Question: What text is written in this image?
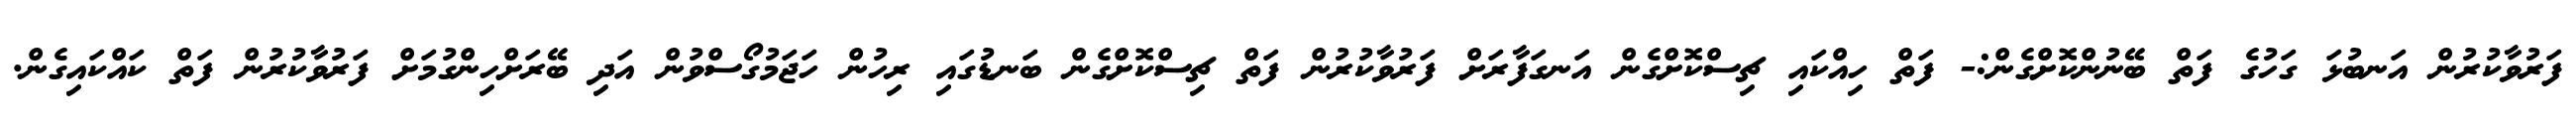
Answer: ފަރުވާކުރުން އަނބުޅަ ގަހުގެ ފަތް ބޭނުންކޮށްގެން:- ފަތް ހިއްކައި ޗިސްކޮށްގެން އަނގަފާރަށް ފަރުވާކުރުން ފަތް ޗިސްކޮށްގެން ބަނޑުގައި ރިހުން ހަޖަމުގޯސްވުން އަދި ބޭރަށްހިންގުމަށް ފަރުވާކުރުން ފަތް ކައްކައިގެން.